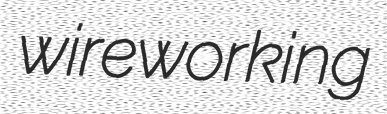
wireworking